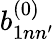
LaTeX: b_{1nn^{\prime}}^{(0)}